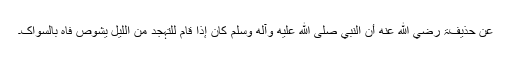
عَنْ حُذَیْفَۃَ رضي الله عنه أَنَّ النَّبِيَّ صلى الله عليه وآله وسلم کَانَ إِذَا قَامَ لِلتَّہَجُّدِ مِنَ اللَّیْلِ یَشُوْصُ فَاہُ بِالسِّوَاکِ۔